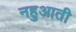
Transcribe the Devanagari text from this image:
नहुआती